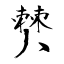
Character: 僰